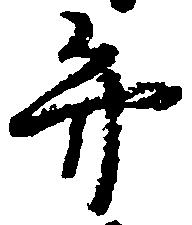
弁